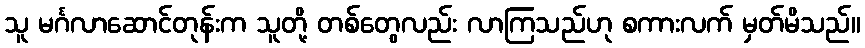
သူ မင်္ဂလာဆောင်တုန်းက သူတို့ တစ်တွေလည်း လာကြသည်ဟု စကားလက် မှတ်မိသည်။